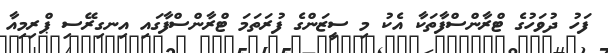
ފަހު ދުވަހުގެ ޓްރާންސްފާތަކާ އެކު މި ސީޒަންގެ ފުރަތަމަ ޓްރާންސްފާގައި އިނގިރޭސި ޕްރިމިއާ